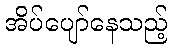
အိပ်ပျော်နေသည့်